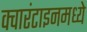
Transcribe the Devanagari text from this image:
क्वारंटाइनमध्ये